Relation of titanus [i.e. tetanus] to the hypodermic or intramuscular injection of quinine - Number 43
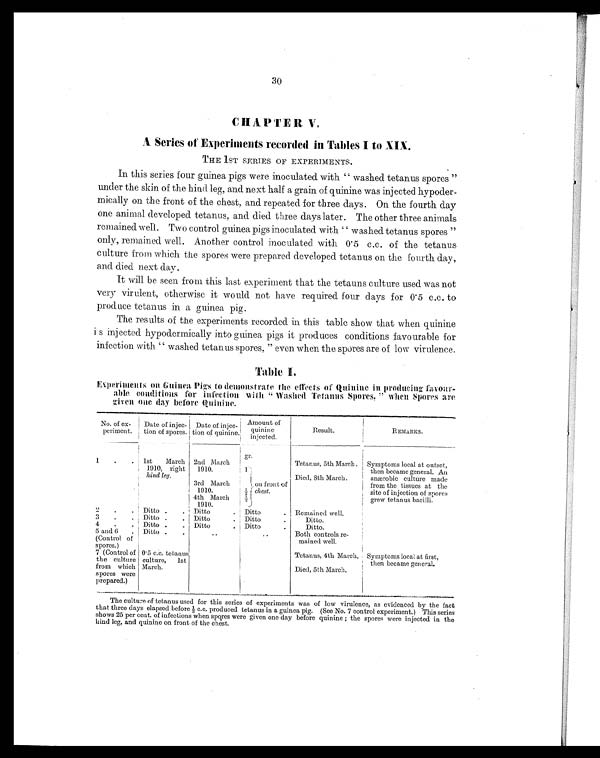
30
CHAPTER V.
A Series of Experiments recorded in Tables I to XIX.
THE 1ST SERIES OF EXPERIMENTS.
In this series four guinea pigs were inoculated with " washed tetanus spores "
under the skin of the hind leg, and next half a grain of quinine was injected hypoder-
mically on the front of the chest, and repeated for three days. On the fourth day
one animal developed tetanus, and died three days later. The other three animals
remained well. Two control guinea pigs inoculated with " washed tetanus spores "
only, remained well. Another control inoculated with 0.5 c.c. of the tetanus
culture from which the spores were prepared developed tetanus on the fourth day,
and died next day.
It will be seen from this last experiment that the tetauns culture used was not
very virulent, otherwise it would not have required four days for 0.5 c.c. to
produce tetanus in a guinea pig.
The results of the experiments recorded in this table show that when quinine
is injected hypodermically into guinea pigs it produces conditions favourable for
infection with " washed tetanus spores, " even when the spores are of low virulence.
Table I.
Experiments on Guinea Pigs to demonstrate the effects of Quinine in producing favour-
able conditions for infection with " Washed Tetanus Spores, " when Spores are
g i v e n o n e d a y b e f o r e Q u i n i n e .
No. of ex-
periment.
Date of injec-
tion of spores.
Date of injec-
tion of quinine.
Amount o f
quinine
injected.
Result.
REMARKS.
gr.
1
.
. 1st March
1910, right
hind leg.
2nd March
1910.
1
Tetanus, 5th March. Symptoms local at outset,
then became general. An
anærobic culture made
from the tissues at the
site of injection of spores
grew tetanus bacilli.
Died, 8th March.
3rd March
1910.
½ on front of
chest.
4th March
1910.
½
2
.
. Ditto .
. Ditto
. Ditto . Remained well.
3
.
. Ditto .
. Ditto
. Ditt
.
Ditto.
4
.
. Ditto .
. Ditto
. Ditt
.
Ditto.
5 and 6 .
(Control of
spores.)
Ditto .
.
..
..
Both controls re-
mained well.
7 (Control of
the culture
from which
spores were
prepared.)
0.5 c.c. tetanus
culture, 1st
March.
Tetanus, 4th March. Symptoms local at first,
then became general.
Died, 5th March.
The culture of tetanus used for this series of experiments was of low virulence, as evidenced by the fact
that three days elapsed before ½ c.c. produced tetanus in a guinea pig. (See No. 7 control experiment.) This series
shows 25 per cent. of infections when spores were given one day before quinine; the spores were injected in the
hind leg, and quinine on front of the chest.